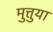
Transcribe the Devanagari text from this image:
मुत्तुया